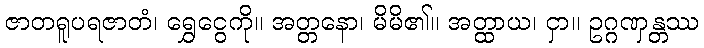
ဇာတရူပရဇာတံ၊ ရွှေငွေကို။ အတ္တနော၊ မိမိ၏။ အတ္ထာယ၊ ငှာ။ ဥဂ္ဂဏှန္တဿ